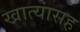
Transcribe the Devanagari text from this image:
खात्यांसह